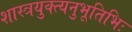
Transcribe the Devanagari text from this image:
शास्त्रयुक्त्यनुभूतिभिः